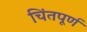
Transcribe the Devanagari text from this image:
चिंतपूर्ण